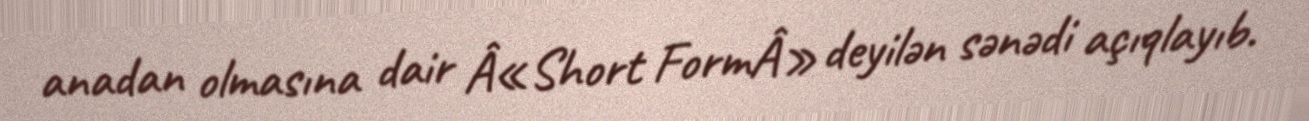
anadan olmasına dair Â«Short FormÂ» deyilən sənədi açıqlayıb.